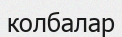
колбалар